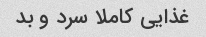
غذایی کاملا سرد و بد